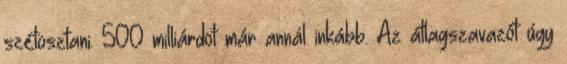
szétosztani. 500 milliárdot már annál inkább. Az átlagszavazót úgy